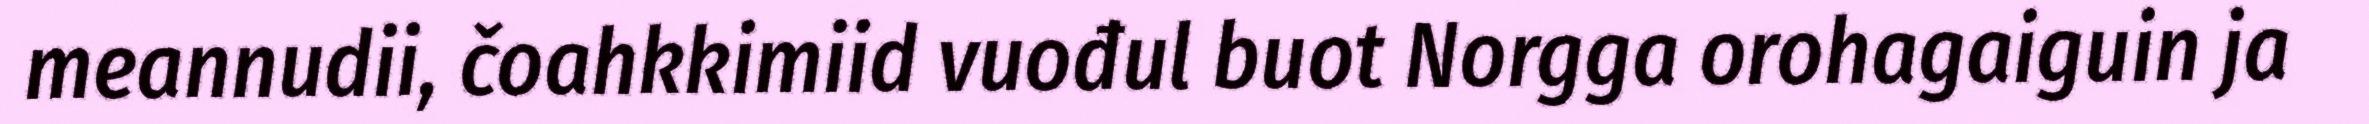
meannudii, čoahkkimiid vuođul buot Norgga orohagaiguin ja